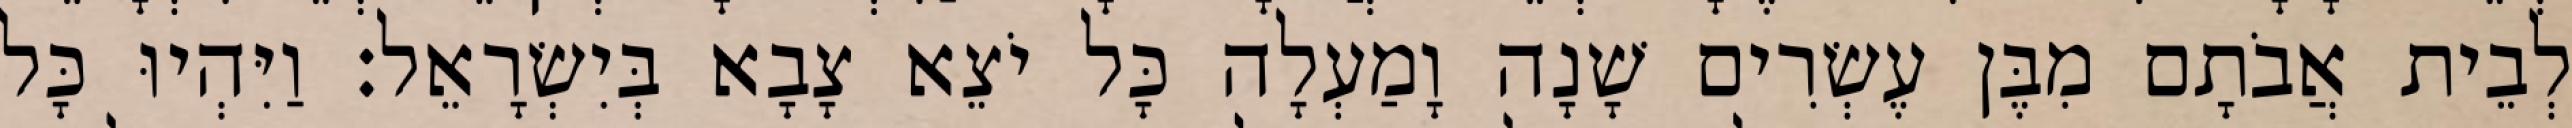
לְבֵית אֲבֹתָם מִבֶּן עֶשְׂרִים שָׁנָה וָמַעְלָה כָּל יֹצֵא צָבָא בְּיִשְׂרָאֵל׃ וַיִּהְיוּ כָּל